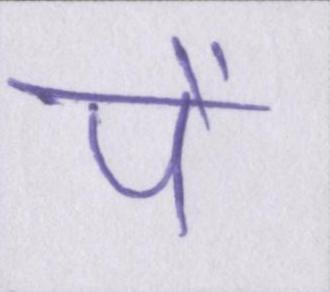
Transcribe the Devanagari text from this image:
पे